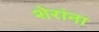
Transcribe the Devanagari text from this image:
शेरांना